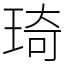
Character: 琦